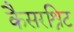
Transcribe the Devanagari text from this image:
कैसरश्निट